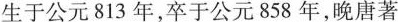
简况生于公元813年，卒于公元858年，晚唐著